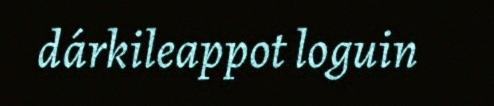
dárkileappot loguin